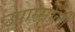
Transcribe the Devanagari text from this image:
उपारसोली